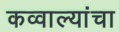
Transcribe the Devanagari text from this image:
कव्वाल्यांचा